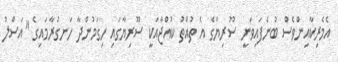
އެމެރިކާއިންވެސް ބުނެފައިވަނީ ސޫރިޔާގެ އެ ތުއްތު ކުއްޖާއަކީ ސޫރިޔާގައި ހިގަމުންދާ ހަނގުރާމައިގެ "އަސްލު